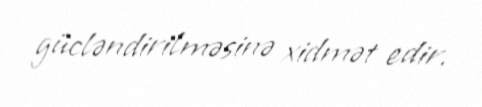
gücləndirilməsinə xidmət edir.